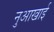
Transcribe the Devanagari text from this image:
नुआखाई